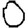
Digit: 0